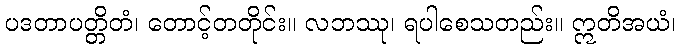
ပဒတာပတ္တိတံ၊ တောင့်တတိုင်း။ လဘဿု၊ ရပါစေသတည်း။ ဣတိအယံ၊